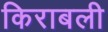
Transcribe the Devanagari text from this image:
किराबली